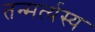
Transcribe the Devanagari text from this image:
तन्मर्त्यस्य